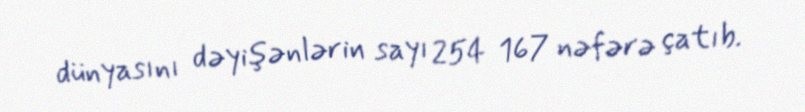
dünyasını dəyişənlərin sayı 254 167 nəfərə çatıb.